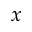
x